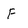
Character: F